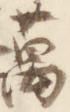
万